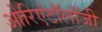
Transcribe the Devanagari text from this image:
ओरिएंटॉलॉजी